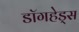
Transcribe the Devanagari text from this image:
डॉगहेड्स